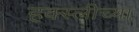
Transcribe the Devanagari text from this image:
हक्स्लीच्या